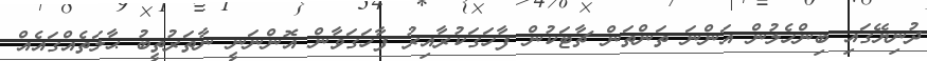
ދުނިޔޭގައި ބިންހެލުން އަންނަ ތަންތަން ޗާޓަކުން ފާހަގަކުރާއިރު ފާހަގަވާން އޮންނަނީ ނާތަރުތީބު ޙާލަތެއްގައެއް